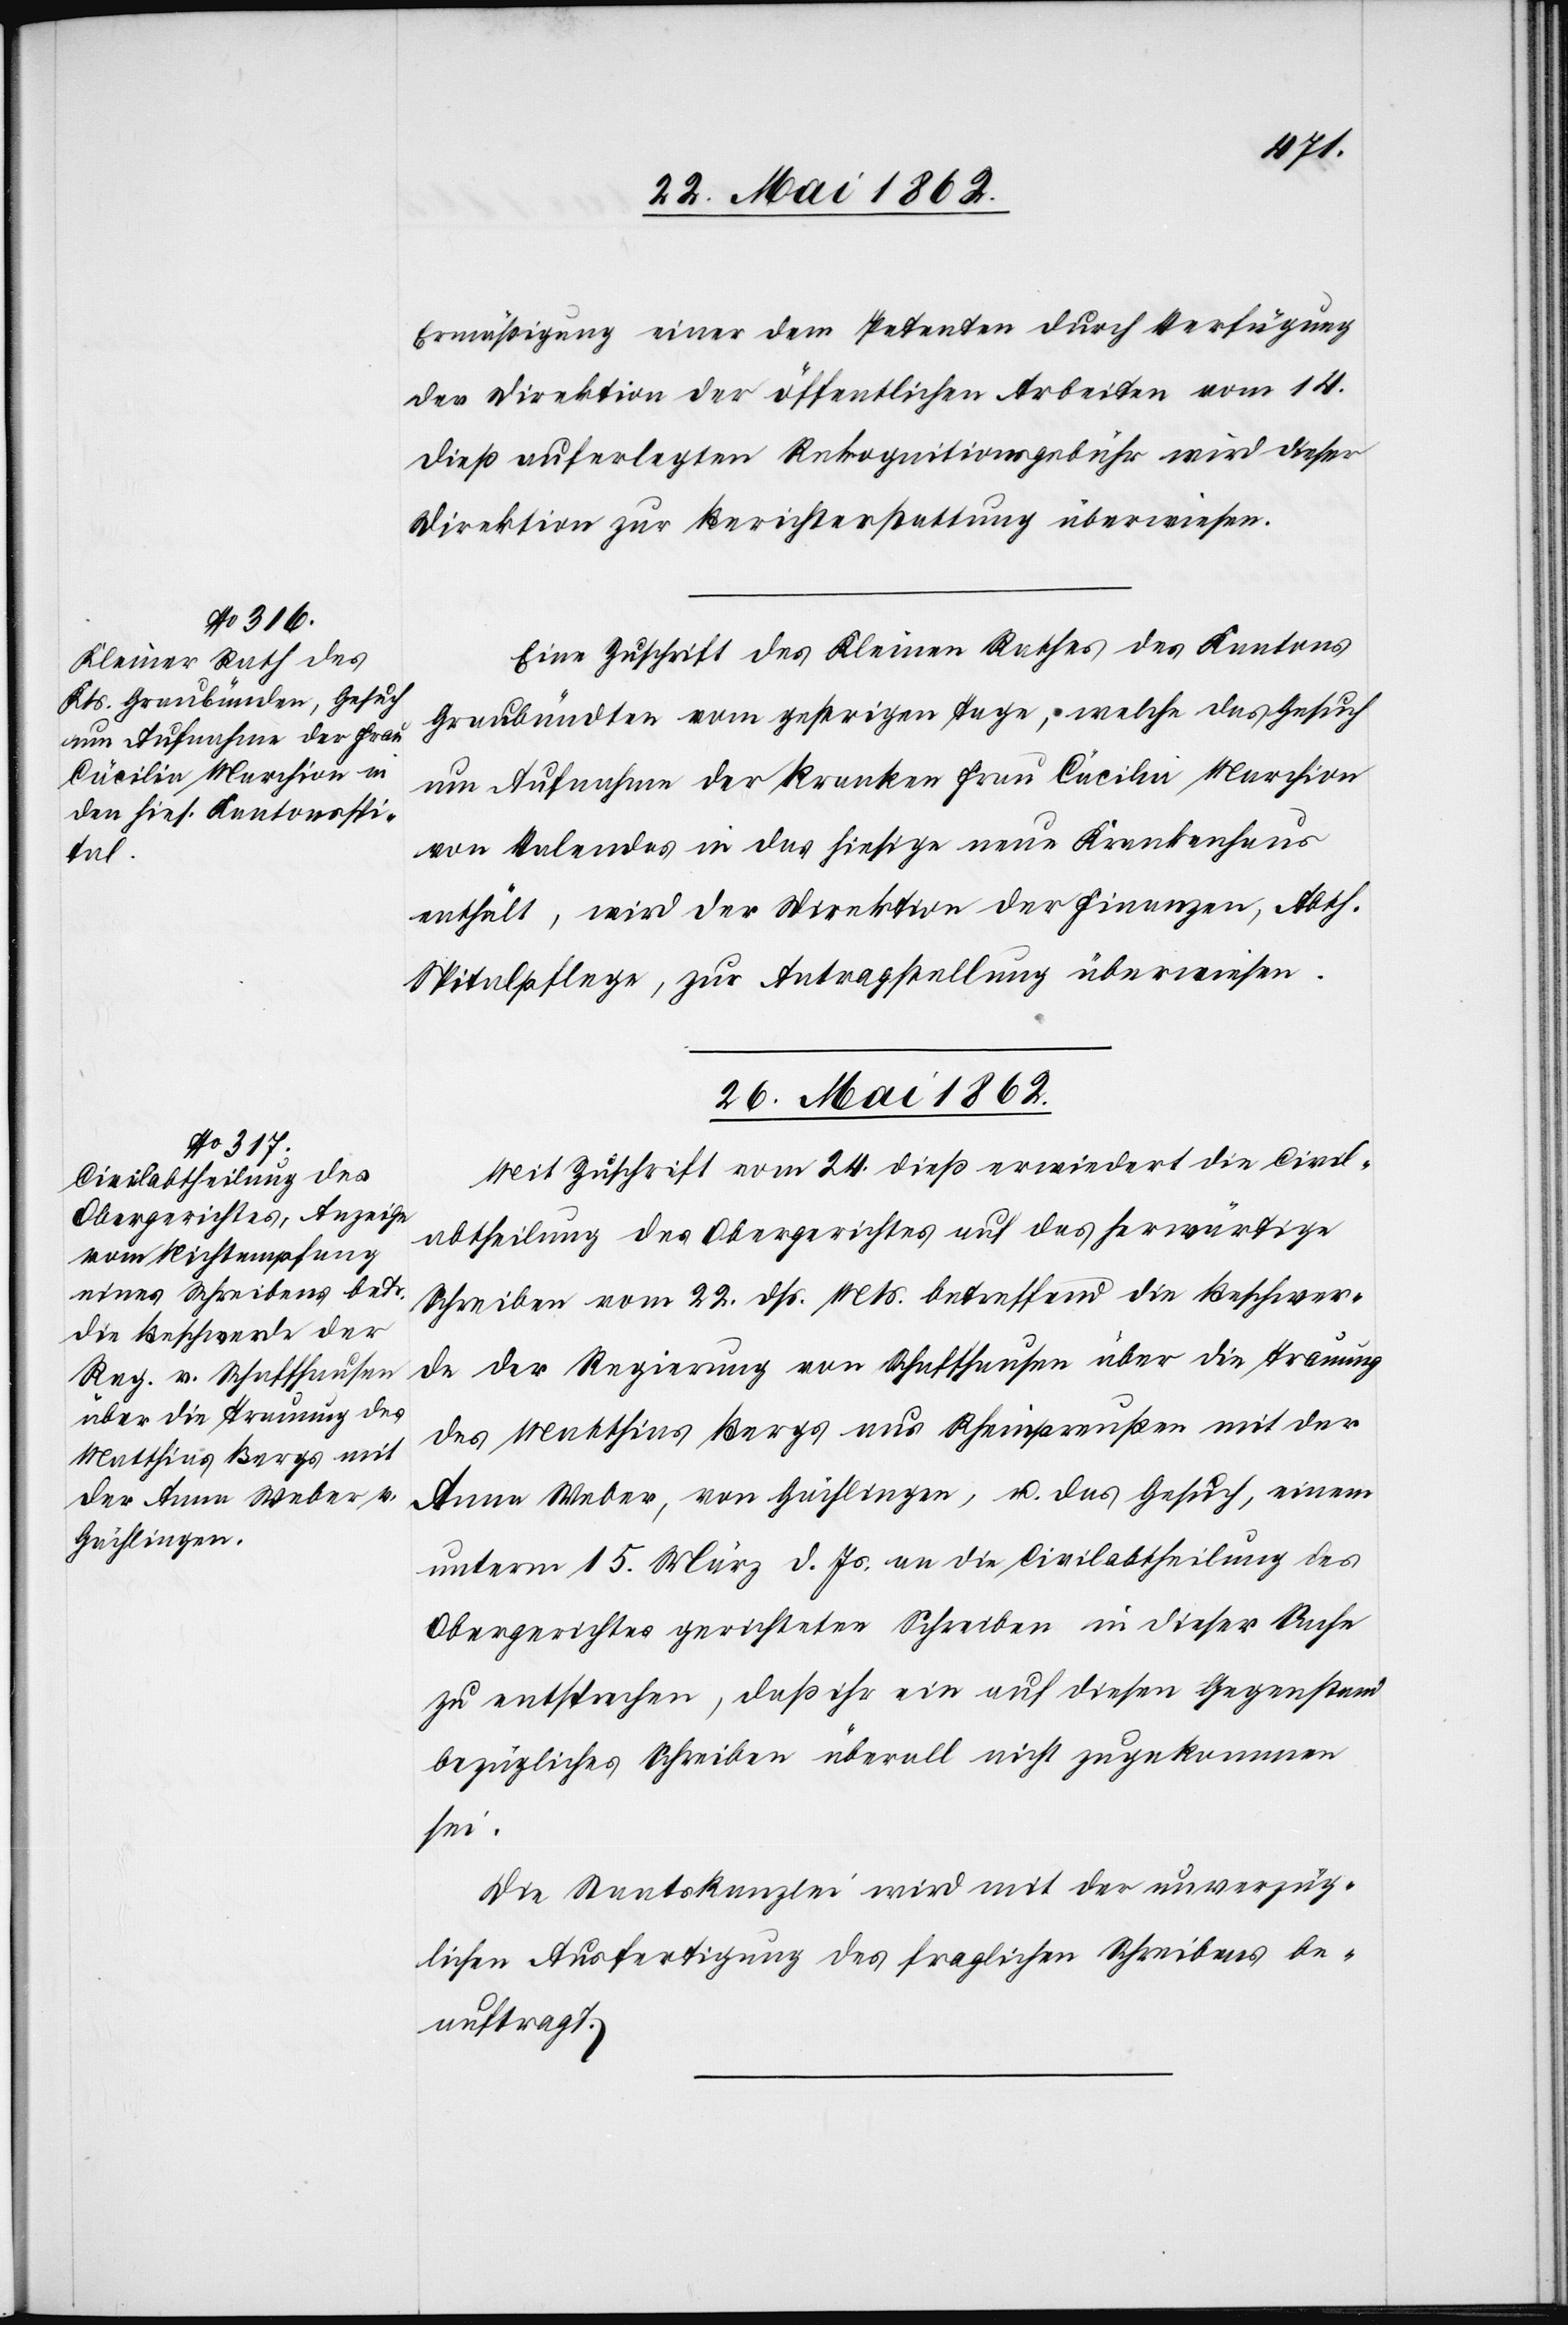
24. Mai 1862.]
Ermäßigung einer dem Petenten durch Verfügung
der Direktion der öffentlichen Arbeiten vom 14.
dieß auferlegten Rekognitionsgebühr wird dieser
Direktion zur Berichterstattung überwiesen.
Eine Zuschrift des Kleinen Rathes des Kantons
Graubünden vom gestrigen Tage; welche das Gesuch
um Aufnahme der Kranken Frau Cäcilia Marchion
von Salendas in das hiesige neue Krankenhaus
enthält, wird der Direktion der Finanzen, Abth.
Spitalpflege, zur Antragstellung überwiesen.
26. Mai 1862.
Mit Zuschrift vom 24. dieß erwiedert die Civil¬
abtheilung des Obergerichtes auf das herwärtige
Schreiben vom 22. dß. Mts. betreffend die Beschwer¬
de der Regierung von Schaffhausen über die Trauung
des Matthias Bergs aus Rheinpreußen mit der
Anna Weber, von Gächlingen, u. das Gesuch, einem
unterm 15. März d. Js. an die Civilabtheilung des
Obergerichtes gerichteten Schreiben in dieser Sache
zu entsprechen, daß ihr ein auf diesen Gegenstand
bezügliches Schreiben überall nicht zugekommen
sei.
Die Staatskanzlei wird mit der unverzüg¬
lichen Ausfertigung des fraglichen Schreibens be¬
auftragt.